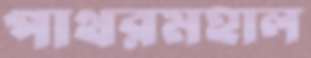
পাথরমহাল